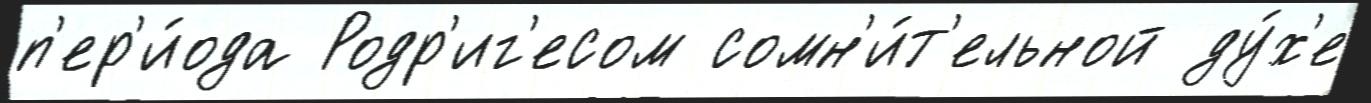
п'ер'и́ода Родр'иг'есом сомн'и́т'ельной ду́х'е